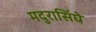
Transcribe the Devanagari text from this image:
मदुरासिंघे